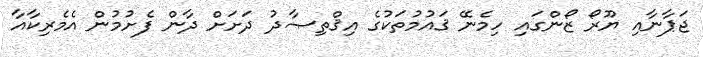
ޖަޕާނާއި ޔޫރޯ ޒޯންގައި ހިމެނޭ ޤައުމުތަކުގެ އިޤްތިޞާދު ދަށަށް ދާން ފެށުމުން އެމެރިކާއާ